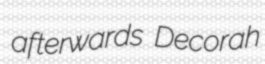
afterwards Decorah